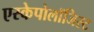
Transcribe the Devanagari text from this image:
एस्केपोलॉजिस्ट